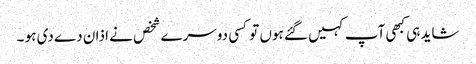
شاید ہی کبھی آپ کہیں گئے ہوں تو کسی دوسرے شخص نے اذان دے دی ہو ۔